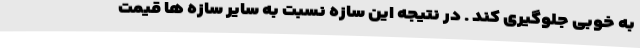
به خوبی جلوگیری کند . در نتیجه این سازه نسبت به سایر سازه ها قیمت